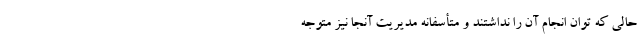
حالی که توان انجام آن را نداشتند و متأسفانه مدیریت آنجا نیز متوجه